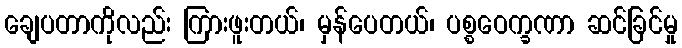
ချေပတာကိုလည်း ကြားဖူးတယ်၊ မှန်ပေတယ်၊ ပစ္စဝေက္ခဏာ ဆင်ခြင်မှု